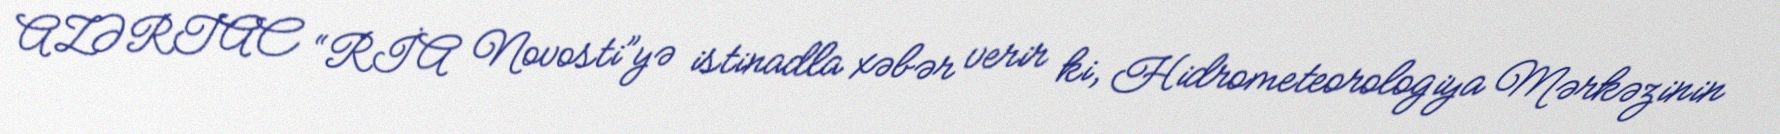
AZƏRTAC “RİA Novosti”yə istinadla xəbər verir ki, Hidrometeorologiya Mərkəzinin